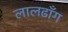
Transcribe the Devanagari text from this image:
लालढाँग